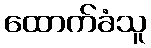
ထောက်ခံသူ